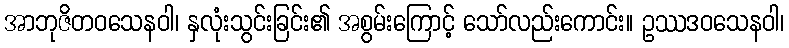
အာဘုဇိတဝသေနဝါ၊ နှလုံးသွင်းခြင်း၏ အစွမ်းကြောင့် သော်လည်းကောင်း။ ဥဿဒဝသေနဝါ၊